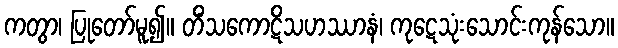
ကတွာ၊ ပြုတော်မူ၍။ တိံသကောဋိသဟဿာနံ၊ ကုဋေသုံးသောင်းကုန်သော။